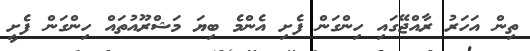
ތިން އަހަރު ރާއްޖޭގައި ހިންގަން ފެށި އެންމެ ބިޔަ މަޝްރޫއުތައް ހިންގަން ފެށީ